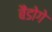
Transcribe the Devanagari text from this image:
बैंडोगे